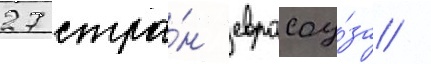
27 стра́н евросоу́за /